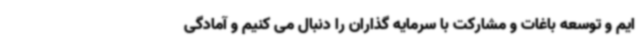
ایم و توسعه باغات و مشارکت با سرمایه گذاران را دنبال می کنیم و آمادگی